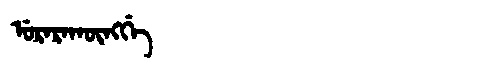
Manchu: ᡠᡵᠠᡵᠠᡴᡡᠩᡤᡝ
Romanization: URARAKŪNGGE